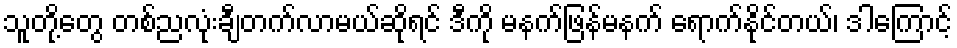
သူတို့တွေ တစ်ညလုံးချီတက်လာမယ်ဆိုရင် ဒီကို မနက်ဖြန်မနက် ရောက်နိုင်တယ်၊ ဒါကြောင့်